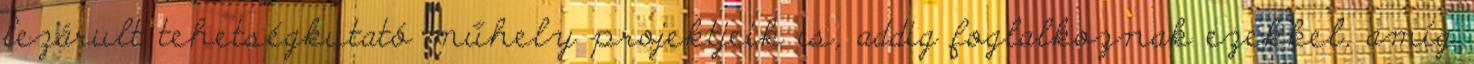
lezárult tehetségkutató műhely projektjeik is, addig foglalkoznak ezekkel, amíg